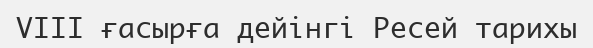
VIII ғасырға дейінгі Ресей тарихы